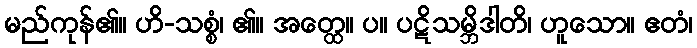
မည်ကုန်၏။ ဟိ-သစ္စံ၊ ၏။ အတ္ထေ။ ပ။ ပဋိသမ္ဘိဒါတိ၊ ဟူသော။ ဧတံ၊